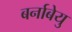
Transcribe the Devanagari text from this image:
बर्नाबेयु